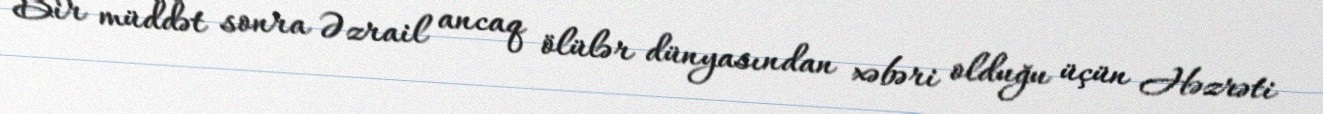
Bir müddət sonra Əzrail ancaq ölülər dünyasından xəbəri olduğu üçün Həzrəti